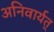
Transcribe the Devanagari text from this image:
अनिवार्यत्